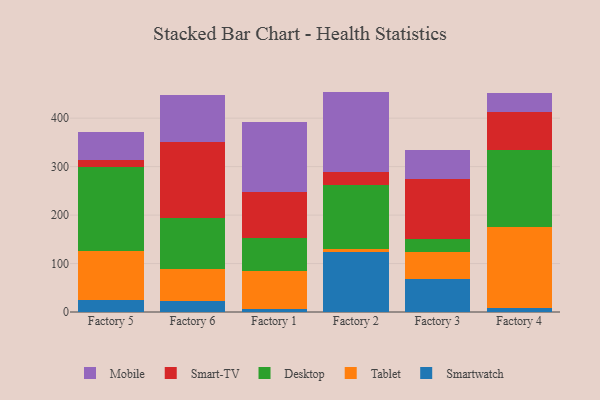
{"axis": {"x": "Factory", "y": "Waste Production (Tons)"}, "legend": ["Desktop", "Mobile", "Smart-TV", "Smartwatch", "Tablet"], "data": [{"x": "Factory 5", "y": 23.9, "type": "Smartwatch"}, {"x": "Factory 5", "y": 101.9, "type": "Tablet"}, {"x": "Factory 5", "y": 173.6, "type": "Desktop"}, {"x": "Factory 5", "y": 15.2, "type": "Smart-TV"}, {"x": "Factory 5", "y": 55.9, "type": "Mobile"}, {"x": "Factory 6", "y": 22.5, "type": "Smartwatch"}, {"x": "Factory 6", "y": 66.1, "type": "Tablet"}, {"x": "Factory 6", "y": 104.7, "type": "Desktop"}, {"x": "Factory 6", "y": 157.5, "type": "Smart-TV"}, {"x": "Factory 6", "y": 97.7, "type": "Mobile"}, {"x": "Factory 1", "y": 5.3, "type": "Smartwatch"}, {"x": "Factory 1", "y": 79.1, "type": "Tablet"}, {"x": "Factory 1", "y": 67.4, "type": "Desktop"}, {"x": "Factory 1", "y": 95.9, "type": "Smart-TV"}, {"x": "Factory 1", "y": 144.7, "type": "Mobile"}, {"x": "Factory 2", "y": 123.6, "type": "Smartwatch"}, {"x": "Factory 2", "y": 7.4, "type": "Tablet"}, {"x": "Factory 2", "y": 132.1, "type": "Desktop"}, {"x": "Factory 2", "y": 24.9, "type": "Smart-TV"}, {"x": "Factory 2", "y": 166.8, "type": "Mobile"}, {"x": "Factory 3", "y": 67.4, "type": "Smartwatch"}, {"x": "Factory 3", "y": 55.4, "type": "Tablet"}, {"x": "Factory 3", "y": 27.2, "type": "Desktop"}, {"x": "Factory 3", "y": 125.3, "type": "Smart-TV"}, {"x": "Factory 3", "y": 58.7, "type": "Mobile"}, {"x": "Factory 4", "y": 8.6, "type": "Smartwatch"}, {"x": "Factory 4", "y": 166.9, "type": "Tablet"}, {"x": "Factory 4", "y": 158.4, "type": "Desktop"}, {"x": "Factory 4", "y": 78.3, "type": "Smart-TV"}, {"x": "Factory 4", "y": 39.6, "type": "Mobile"}]}